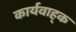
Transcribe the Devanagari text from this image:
कार्यवाह्क